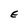
Character: E